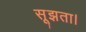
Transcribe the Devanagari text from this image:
सूझता।